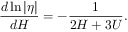
\frac { d \ln | \eta | } { d H } = - \frac { 1 } { 2 H + 3 U } .